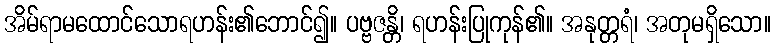
အိမ်ရာမထောင်သောရဟန်း၏ဘောင်၍။ ပဗ္ဗဇန္တိ၊ ရဟန်းပြုကုန်၏။ အနုတ္တရံ၊ အတုမရှိသော။